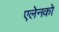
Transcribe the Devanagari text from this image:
एलेनको